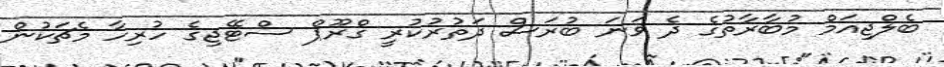
ބެލްޖިއަމް މުބާރާތުގެ ދެ ވަނަ ބުރަސް ދަތުރުކުރީ ގްރޫޕް ސްޓޭޖިގެ ހުރިހާ މެޗަކުން